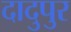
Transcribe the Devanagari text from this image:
दादुपुर